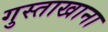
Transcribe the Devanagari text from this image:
गुस्ताखाना